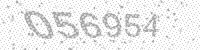
Solution: 056954